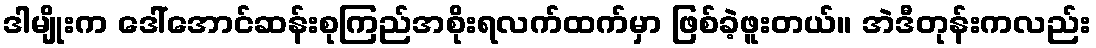
ဒါမျိုးက ဒေါ်အောင်ဆန်းစုကြည်အစိုးရလက်ထက်မှာ ဖြစ်ခဲ့ဖူးတယ်။ အဲဒီတုန်းကလည်း